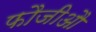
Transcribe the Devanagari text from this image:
फौजीऔ